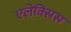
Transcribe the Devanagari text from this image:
एलेक्‍सिस